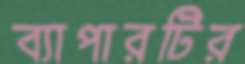
ব্যাপারটির